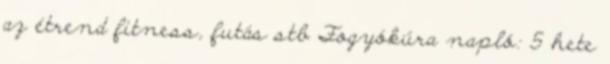
az étrend fitness, futás stb Fogyókúra napló: 5 hete